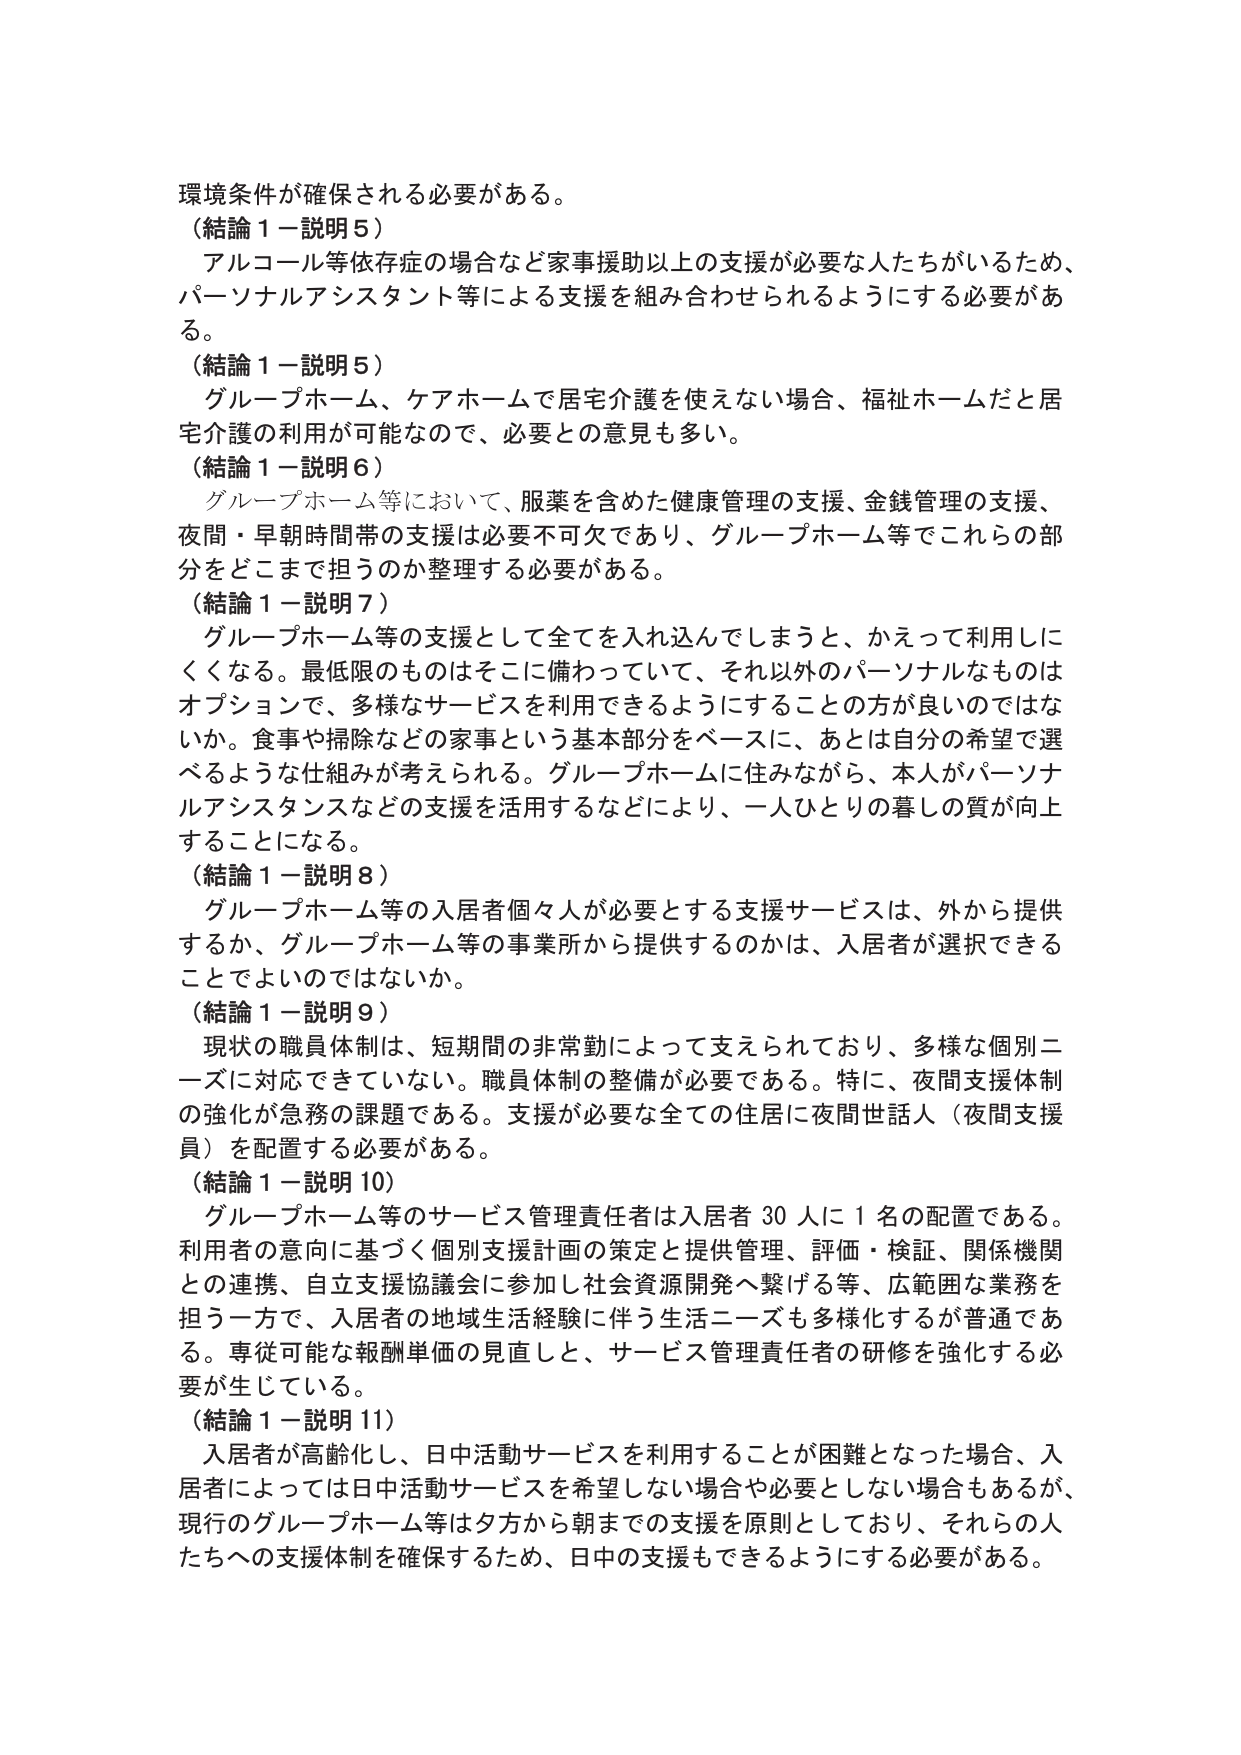
環境条件が確保される必要がある。
（結論１－説明５）
アルコール等依存症の場合など家事援助以上の支援が必要な人たちがいるため、
パーソナルアシスタント等による支援を組み合わせられるようにする必要があ
る。
（結論１－説明５）
グループホーム、ケアホームで居宅介護を使えない場合、福祉ホームだと居
宅介護の利用が可能なので、必要との意見も多い。
（結論１－説明６）
グループホーム等において、服薬を含めた健康管理の支援、金銭管理の支援、
夜間・早朝時間帯の支援は必要不可欠であり、グループホーム等でこれらの部
分をどこまで担うのか整理する必要がある。
（結論１－説明７）
グループホーム等の支援として全てを入れ込んでしまうと、かえって利用しに
くくなる。最低限のものはそこに備わっていて、それ以外のパーソナルなものは
オプションで、多様なサービスを利用できるようにすることの方が良いのではな
いか。食事や掃除などの家事という基本部分をベースに、あとは自分の希望で選
べるような仕組みが考えられる。グループホームに住みながら、本人がパーソナ
ルアシスタンスなどの支援を活用するなどにより、一人ひとりの暮しの質が向上
することになる。
（結論１－説明８）
グループホーム等の入居者個々人が必要とする支援サービスは、外から提供
するか、グループホーム等の事業所から提供するのかは、入居者が選択できる
ことでよいのではないか。
（結論１－説明９）
現状の職員体制は、短期間の非常勤によって支えられており、多様な個別ニ
ーズに対応できていない。職員体制の整備が必要である。特に、夜間支援体制
の強化が急務の課題である。支援が必要な全ての住居に夜間世話人（夜間支援
員）を配置する必要がある。
（結論１－説明10）
グループホーム等のサービス管理責任者は入居者30人に1名の配置である。
利用者の意向に基づく個別支援計画の策定と提供管理、評価・検証、関係機関
との連携、自立支援協議会に参加し社会資源開発へ繋げる等、広範囲な業務を
担う一方で、入居者の地域生活経験に伴う生活ニーズも多様化するが普通であ
る。専従可能な報酬単価の見直しと、サービス管理責任者の研修を強化する必
要が生じている。
（結論１－説明11）
入居者が高齢化し、日中活動サービスを利用することが困難となった場合、入
居者によっては日中活動サービスを希望しない場合や必要としない場合もあるが、
現行のグループホーム等は夕方から朝までの支援を原則としており、それらの人
たちへの支援体制を確保するため、日中の支援もできるようにする必要がある。